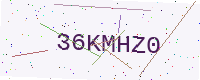
Text: 36KMHZ0